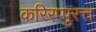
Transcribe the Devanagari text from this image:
करिरप्पुरत्त